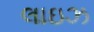
લાઇઝ